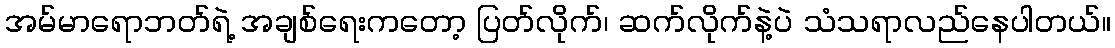
အမ်မာရောဘတ်ရဲ့ အချစ်ရေးကတော့ ပြတ်လိုက်၊ ဆက်လိုက်နဲ့ပဲ သံသရာလည်နေပါတယ်။